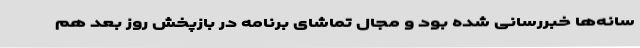
سانه‌ها خبررسانی شده بود و مجال تماشای برنامه در بازپخش روز بعد هم